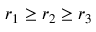
r _ { 1 } \geq r _ { 2 } \geq r _ { 3 }